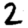
Digit: 2